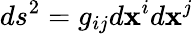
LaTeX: ds^{2}=g_{ij}d\mathbf{x}^{i}d\mathbf{x}^{j}